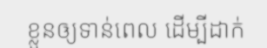
ខ្លួនឲ្យទាន់ពេល ដើម្បីដាក់